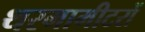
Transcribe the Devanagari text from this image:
थरमामीटरों